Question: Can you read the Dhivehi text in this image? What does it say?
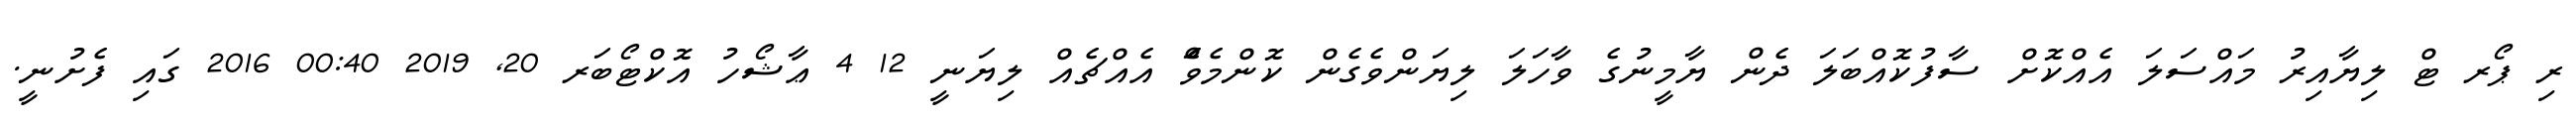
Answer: ރި ޕޯރ ޓް ލިޔާއިރު މައްސަލަ އެއްކޮށް ސާފުކޮއްބަލަ ދެން ޔާމީނުގެ ވާހަލަ ލިޔަންވެގެން ކޮންމެވެަް އެއްޗެއް ލިޔަނީ 12 4 ޢާޝޯހު އޮކްޓޯބަރ 20, 2019 00:40 2016 ގައި ފެށުނީ.